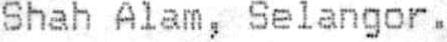
SHAH ALAM, SELANGOR.